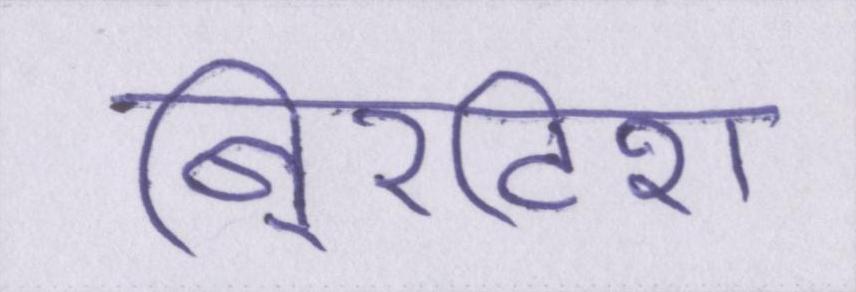
बि्रटिश